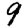
Digit: 9